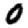
Digit: 0